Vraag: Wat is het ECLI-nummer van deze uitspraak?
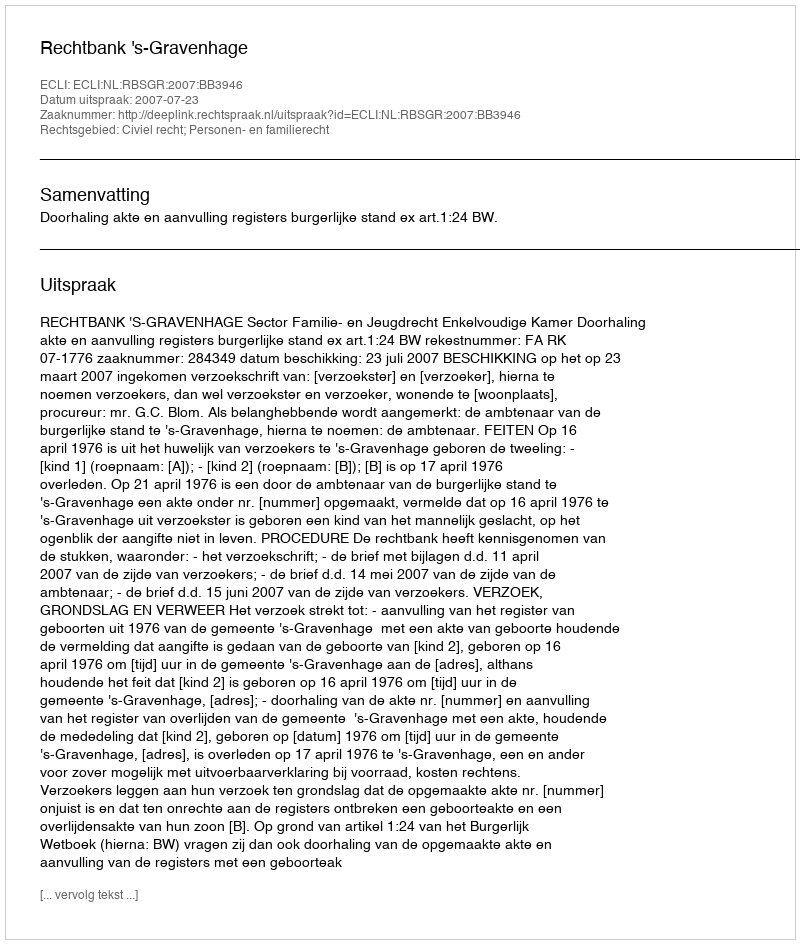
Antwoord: ECLI:NL:RBSGR:2007:BB3946